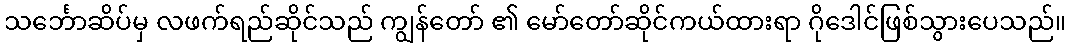
သင်္ဘောဆိပ်မှ လဖက်ရည်ဆိုင်သည် ကျွန်တော် ၏ မော်တော်ဆိုင်ကယ်ထားရာ ဂိုဒေါင်ဖြစ်သွားပေသည်။